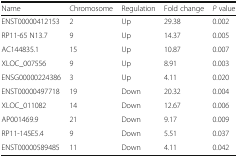
| Name | Chromosome | Regulation | Fold change | P value |
 | --- | --- | --- | --- | --- |
 | ENST00000412153 | 2 | Up | 29.38 | 0.002 |
 | RP11-65 N13.7 | 9 | Up | 14.37 | 0.005 |
 | AC144835.1 | 15 | Up | 10.87 | 0.007 |
 | XLOC_007556 | 9 | Up | 8.91 | 0.003 |
 | ENSG00000224386 | 3 | Up | 4.11 | 0.020 |
 | ENST00000497718 | 19 | Down | 20.32 | 0.004 |
 | XLOC_011082 | 14 | Down | 12.67 | 0.006 |
 | AP001469.9 | 21 | Down | 9.17 | 0.009 |
 | RP11-145E5.4 | 9 | Down | 5.51 | 0.037 |
 | ENST00000589485 | 11 | Down | 4.11 | 0.042 |